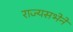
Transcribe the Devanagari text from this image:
राज्यसभेने